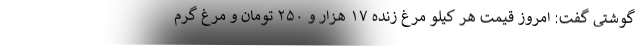
گوشتی گفت: امروز قیمت هر کیلو مرغ زنده ۱۷ هزار و ۲۵۰ تومان و مرغ گرم